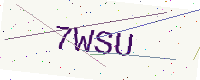
Text: 7WSU